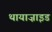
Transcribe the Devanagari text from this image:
थायाज़ाइड